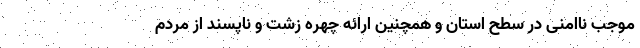
موجب ناامنی در سطح استان و همچنین ارائه چهره زشت و ناپسند از مردم